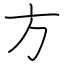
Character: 方